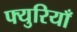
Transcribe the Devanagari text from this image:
फ्युरियाँ